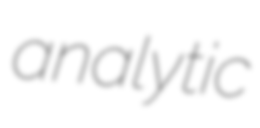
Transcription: analytic